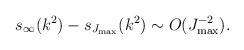
LaTeX: \begin{align*}s_\infty (k^2)-s_{J_{\max }}(k^2)\sim O(J_{\max }^{-2}). \end{align*}